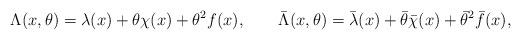
LaTeX: \begin{align*}\Lambda (x, \theta ) = \lambda (x) +\theta \chi(x) + \theta^ 2 f(x), \qquad\bar \Lambda (x, \theta ) = \bar \lambda (x) +\bar \theta \bar \chi(x) + \bar \theta^ 2 \bar f(x),\end{align*}